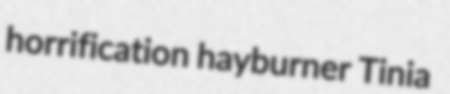
horrification hayburner Tinia